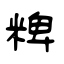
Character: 粺